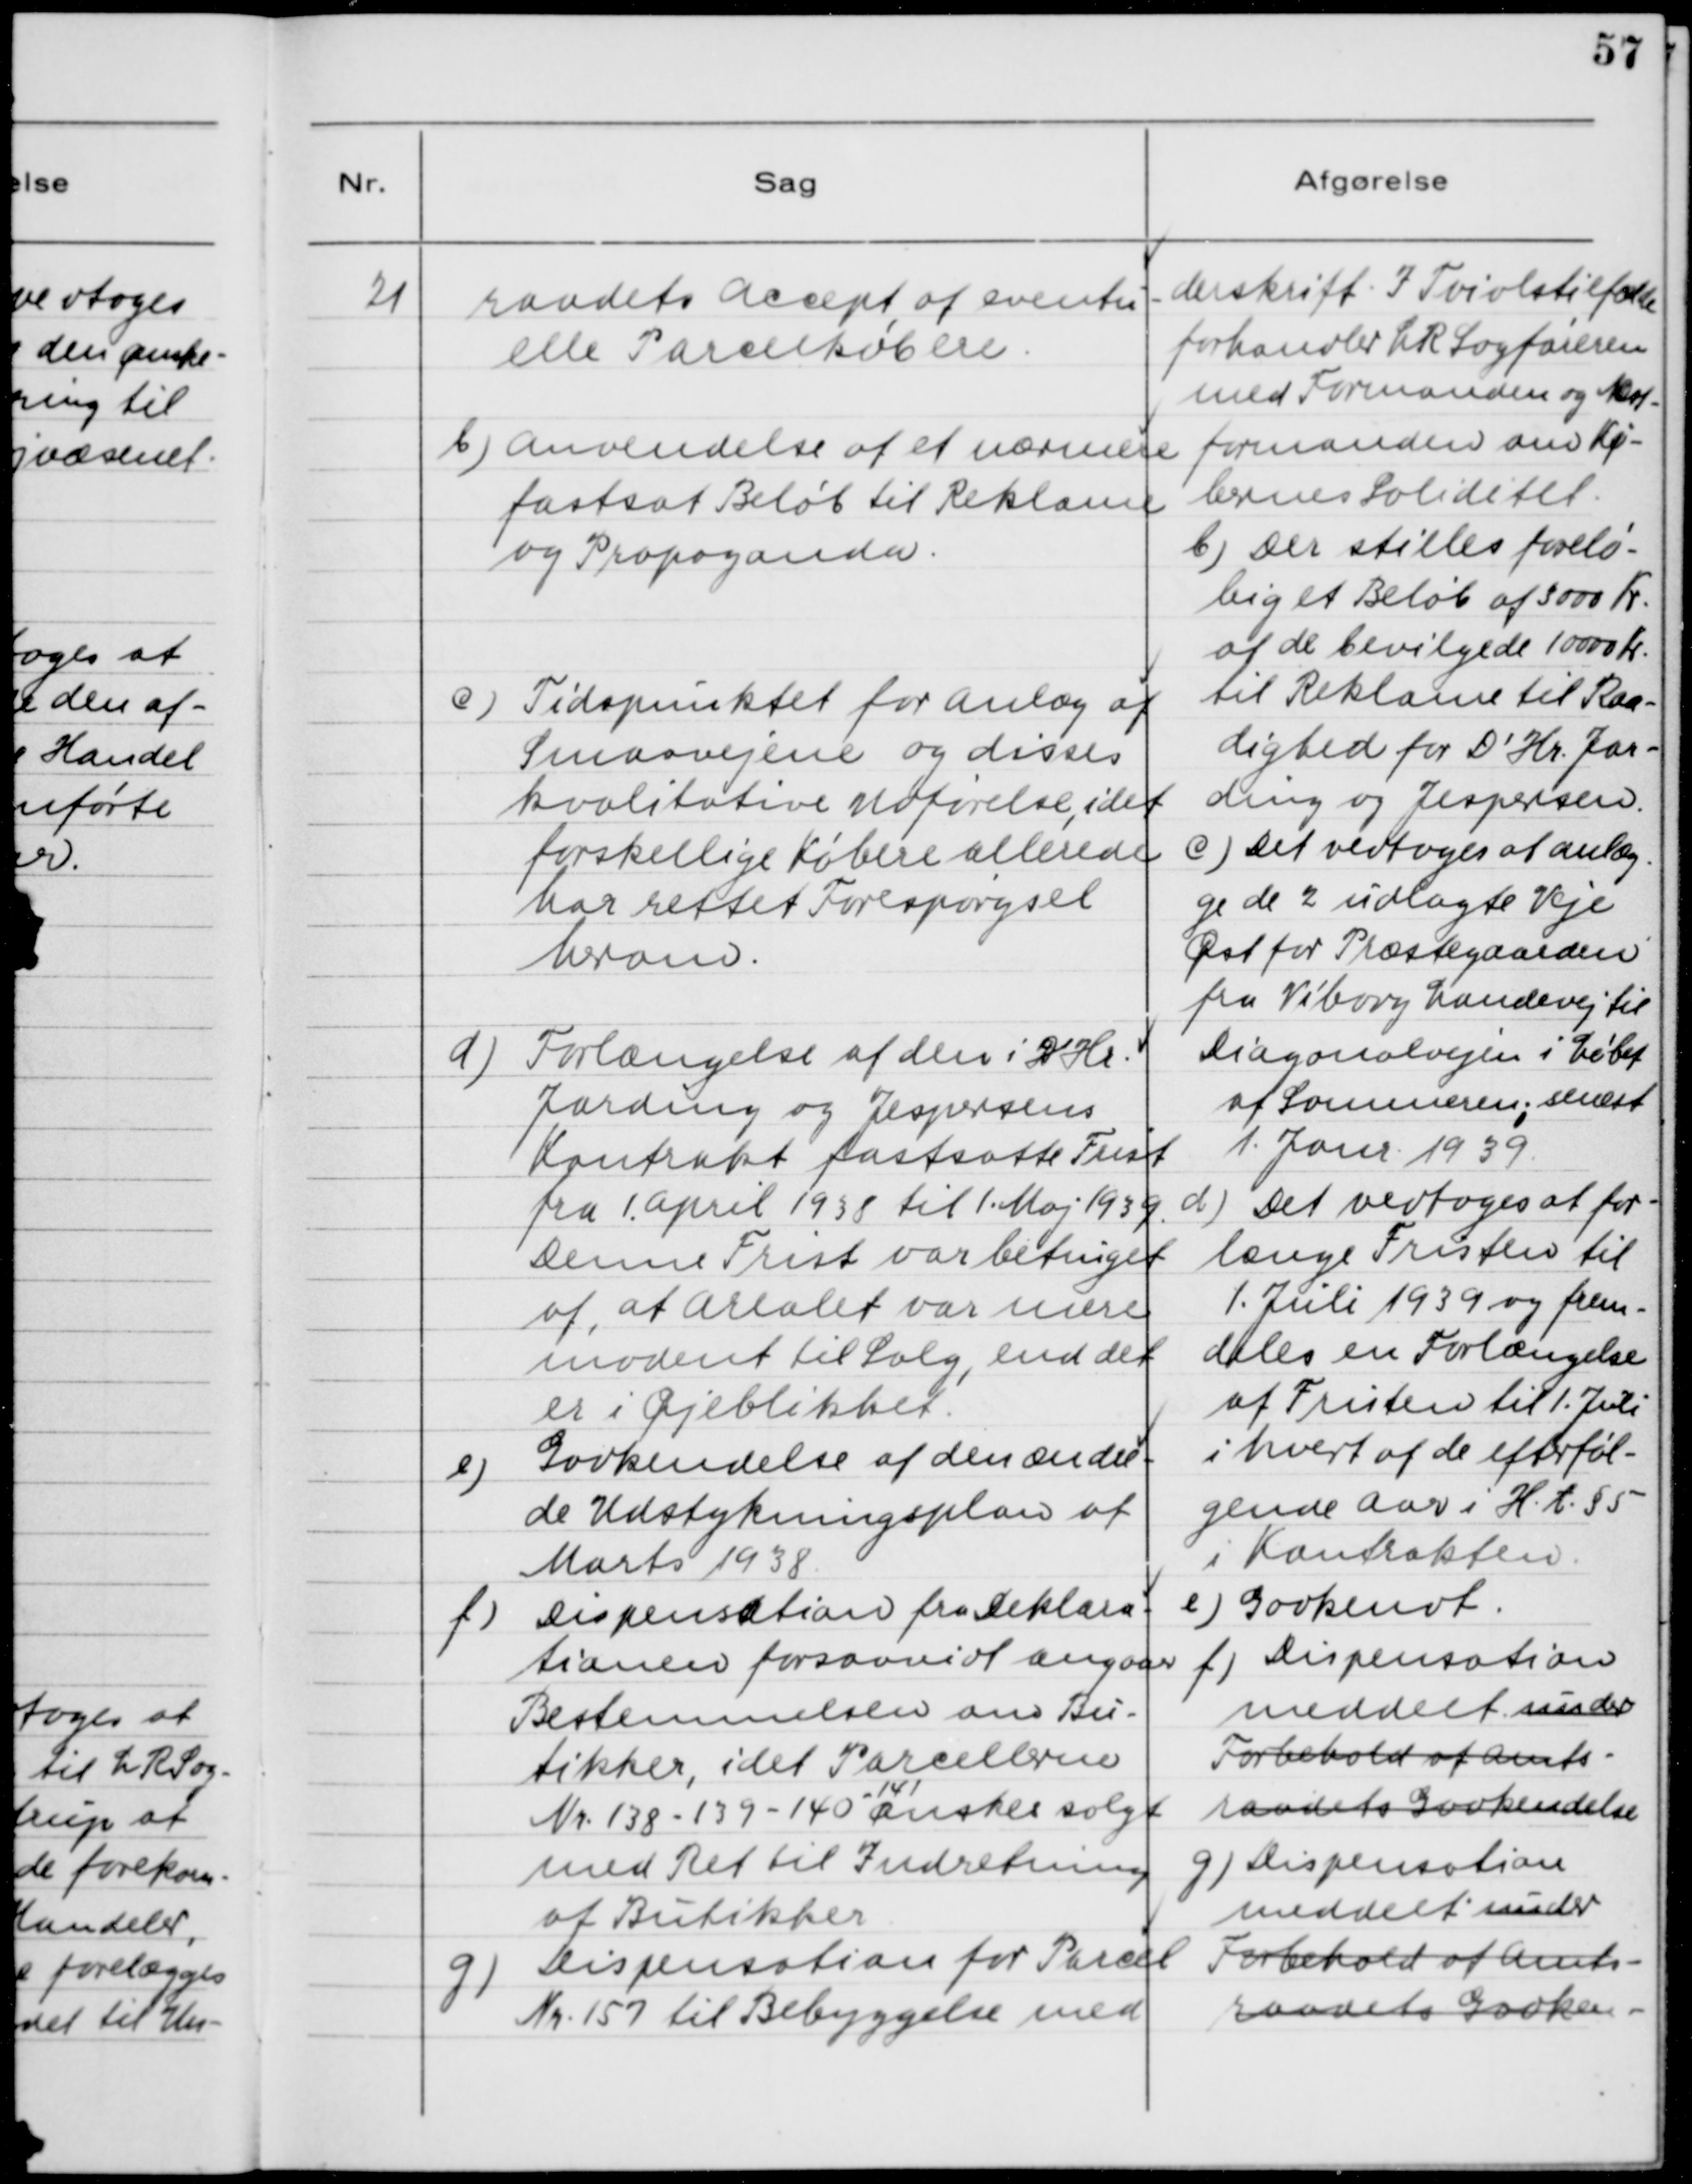
Transskription:
21. raadets Accept af eventu-
elle Parcelkøbere.
b) Anvendelse af et nærmere
fastsat Beløb til Reklame
og Propaganda.
c) Tidspunktet for Anlæg af
Smaavejene og disses
kvalitative Udførelse, idet
forskellige Købere allerede
har rettet Forespørgsel
herom.
d) Forlængelse af den i D´Hr.
Jarding og Jespersens
Kontrakt fastsatte Frist
fra 1. April 1938 til 1. Maj 1939.
Denne Frist var betinget
af, at Arealet var mere
umodent til Salg, end det
er i Øjeblikket.
e) Godkendelse af den Ændre-
de Udstykningsplan af
Marts 1938.
f) Dispensation fra Deklara-
tionen forsaavidt angaar
Bestemmelsen om Bu-
tikker, idet Parcellerne
Nr. 138 - 139 - 140 - 141 ønskes solgt
med Ret til Indretning
af Butikker.
g) Dispensation for Parcel
Nr. 157 til Bebyggelse med

underskrift. . I Tvivlstilfælde
forhandler L R Sagføreren
med Formanden og Næst-
formanden om Kø-
berens Soliditet.
b) Der stilles forelø-
big et Beløb af 3000 Kr.
af de bevilgede 10000 Kr.
til Reklame til Raa-
dighed for D´Hr. Jar-
ding og Jespersen.
c) Det vedtoges at anlæg-
ge de 2 udlagte Veje
Øst for Præstegaarden
fra Viborg Landevej til
Diagonalvejen i Løbet
af Sommeren, senest
1. Janr. 1939.
d) Det vedtoges at for-
længe Fristen til
1. Juli 1939 og frem-
deles en Forlængelse
af Fristen til 1. Juli
i hvert af de efterføl-
gende Aar i H.t. §5
i Kontrakten.
e) Godkendt.
f) Dispensation
meddelt under
Forbehold af Amts-
raadets Godkendelse
g) Dispensation
meddelt under
Forbehold af Amts-
raadets Godken.